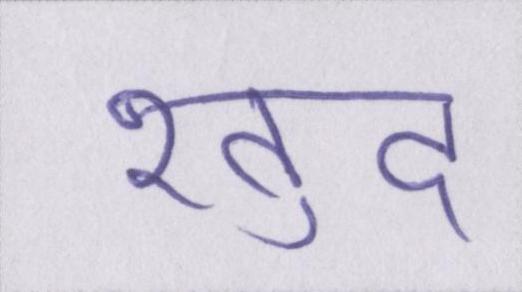
ख़ुद